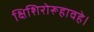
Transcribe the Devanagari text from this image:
क्षिशिरोरूहावहे।